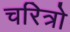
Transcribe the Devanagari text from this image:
चरित्रो